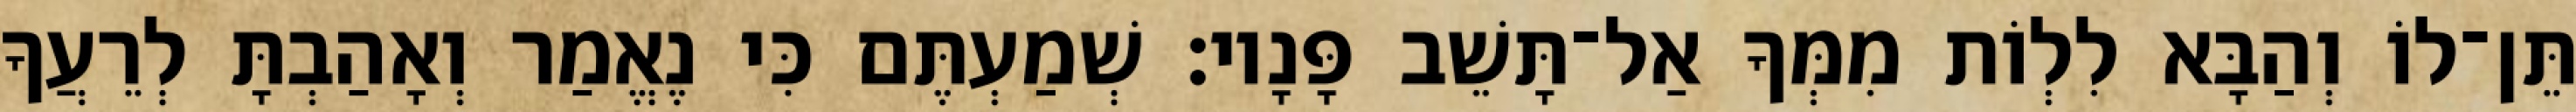
תֵּן־לוֹ וְהַבָּא לִלְוֹת מִמְּךָ אַל־תָּשֵׁב פָּנָיו׃ שְׁמַעְתֶּם כִּי נֶאֱמַר וְאָהַבְתָּ לְרֵעֲךָ